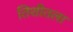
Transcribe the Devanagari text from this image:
तिशीतला